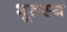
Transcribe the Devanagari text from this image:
भूतस्य